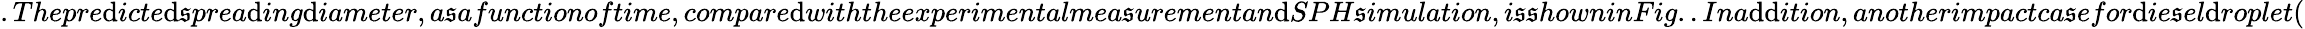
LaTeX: .Thepre\mathrm{d}icte\mathrm{d}\mathfrak{s}prea\mathrm{d}ing\mathrm{d}iameter,a\mathfrak{s}afunctionoftime,compare\mathrm{d}withtheexperimentalmea\mathfrak{s}urementan\mathrm{d}SPH\mathfrak{s}imulation,i\mathfrak{s}\mathfrak{s}howninFig..Ina\mathrm{d}\mathrm{d}ition,anotherimpactca\mathfrak{s}efor\mathrm{d}ie\mathfrak{s}el\mathrm{d}roplet(